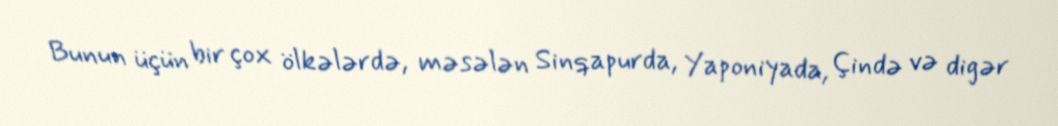
Bunun üçün bir çox ölkələrdə, məsələn Sinqapurda, Yaponiyada, Çində və digər